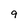
Character: 9